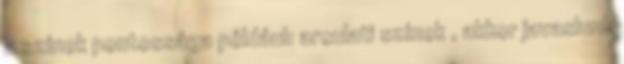
a színek pontossága például: arculati színek , akkor javaslunk